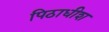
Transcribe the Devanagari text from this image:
पिठाधीश